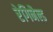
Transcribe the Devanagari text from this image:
रेगिनैल्ड